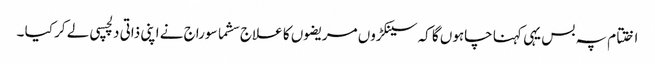
اختتام پہ بس یہی کہنا چاہوں گا کہ سینکڑوں مریضوں کا علاج سشما سوراج نے اپنی ذاتی دلچسپی لے کر کیا ۔